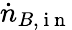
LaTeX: \dot{n}_{B,\mathrm{~i~n~}}